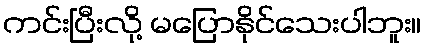
ကင်းပြီးလို့ မပြောနိုင်သေးပါဘူး။